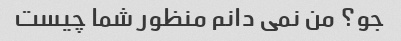
جو؟ من نمی دانم منظور شما چیست